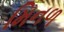
મિનળ